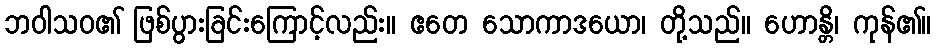
ဘဝါသဝ၏ ဖြစ်ပွားခြင်းကြောင့်လည်း။ ဧတေ သောကာဒယော၊ တို့သည်။ ဟောန္တိ၊ ကုန်၏။